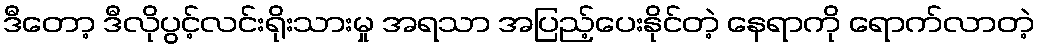
ဒီတော့ ဒီလိုပွင့်လင်းရိုးသားမှု အရသာ အပြည့်ပေးနိုင်တဲ့ နေရာကို ရောက်လာတဲ့